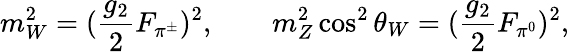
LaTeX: m_{W}^{2}=({\frac{g_{2}}{2}}F_{\pi^{\pm}})^{2},\qquad m_{Z}^{2}\cos^{2}\theta_{W}=({\frac{g_{2}}{2}}F_{\pi^{0}})^{2},